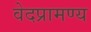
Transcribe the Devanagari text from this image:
वेदप्रामण्य